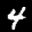
Digit: 4